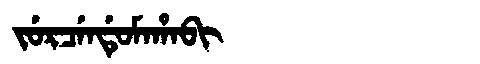
Manchu: ᠵᡠᡵᠴᡝᠨᡩᡠᠮᠠᡥᠠᠪᡳ
Romanization: JURCENDUMAHABI